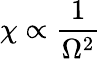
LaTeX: \chi\propto\frac{1}{\Omega^{2}}